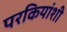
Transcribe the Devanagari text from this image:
परकियांशी